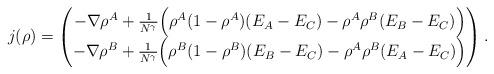
LaTeX: \begin{align*}\begin{aligned}j(\rho)&=\begin{pmatrix}-\nabla\rho^{A}+\frac{1}{N^\gamma}\Big(\rho^{A}(1-\rho^{A})(E_{A}-E_{C})-\rho^{A}\rho^{B} (E_{B}-E_{C})\Big)\\-\nabla\rho^{B}+\frac{1}{N^\gamma}\Big(\rho^{B}(1-\rho^{B})(E_{B}-E_{C})-\rho^{A}\rho^{B}(E_{A}-E_{C})\Big)\end{pmatrix}.\end{aligned}\end{align*}